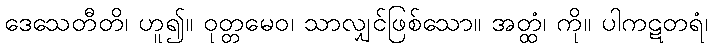
ဒေသေတီတိ၊ ဟူ၍။ ဝုတ္တမေဝ၊ သာလျှင်ဖြစ်သော။ အတ္ထံ၊ ကို။ ပါကဋတရံ၊